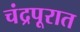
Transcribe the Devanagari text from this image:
चंद्रपूरात